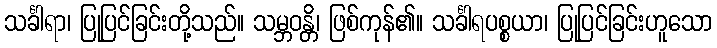
သင်္ခါရာ၊ ပြုပြင်ခြင်းတို့သည်။ သမ္ဘဝန္တိ၊ ဖြစ်ကုန်၏။ သင်္ခါရပစ္စယာ၊ ပြုပြင်ခြင်းဟူသော